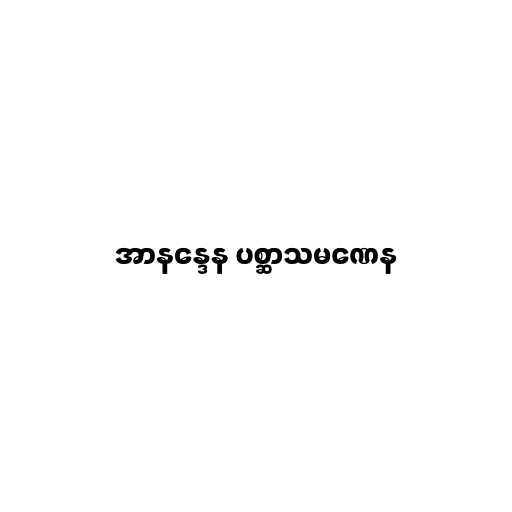
အာနန္ဒေန ပစ္ဆာသမဏေန